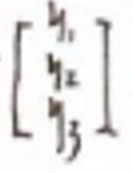
$\left[\begin{array}{l}y_{1} \\ y_{2} \\ y_{3}\end{array}\right]$